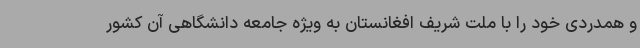
و همدردی خود را با ملت شریف افغانستان به ویژه جامعه دانشگاهی آن کشور